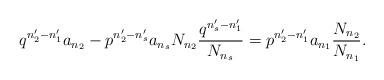
LaTeX: \begin{align*}q^{n_{2}^{\prime}-n_{1}^{\prime}}a_{n_{2}}-p^{n_{2}^{\prime}-n_{s}^{\prime}}a_{n_{s}}N_{n_{2}}\frac{q^{n_{s}^{\prime}-n_{1}^{\prime}}}{N_{n_{s}}}=p^{n_{2}^{\prime}-n_{1}^{\prime}}a_{n_{1}}\frac{N_{n_{2}}}{N_{n_{1}}}.\end{align*}